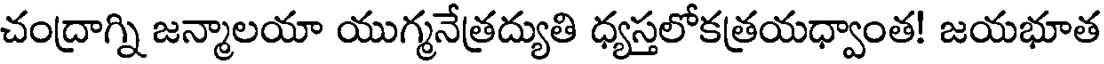
చంద్రాగ్ని జన్మాలయా యుగ్మనేత్రద్యుతి ధ్యస్తలోకత్రయధ్వాంత! జయభూత